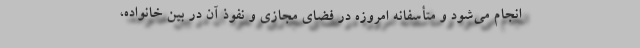
انجام می‌شود و متأسفانه امروزه در فضای مجازی و نفوذ آن در بین خانواده،